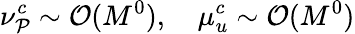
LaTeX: \nu_{\mathcal{P}}^{c}\sim\mathcal{{O}}(M^{0}),\quad\mu_{u}^{c}\sim\mathcal{{O}}(M^{0})